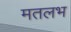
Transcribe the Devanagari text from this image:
मतलभ